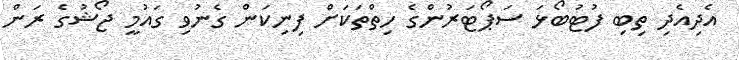
އެދިއެދި ތިބި ފުޓުބޯޅަ ސަޕޯޓަރުންގެ ހިތްތަކަށް ފިނިކަން ގެނުވި ގައުމީ ޖޯޝުގެ ރަން